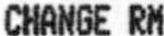
CHANGE RM